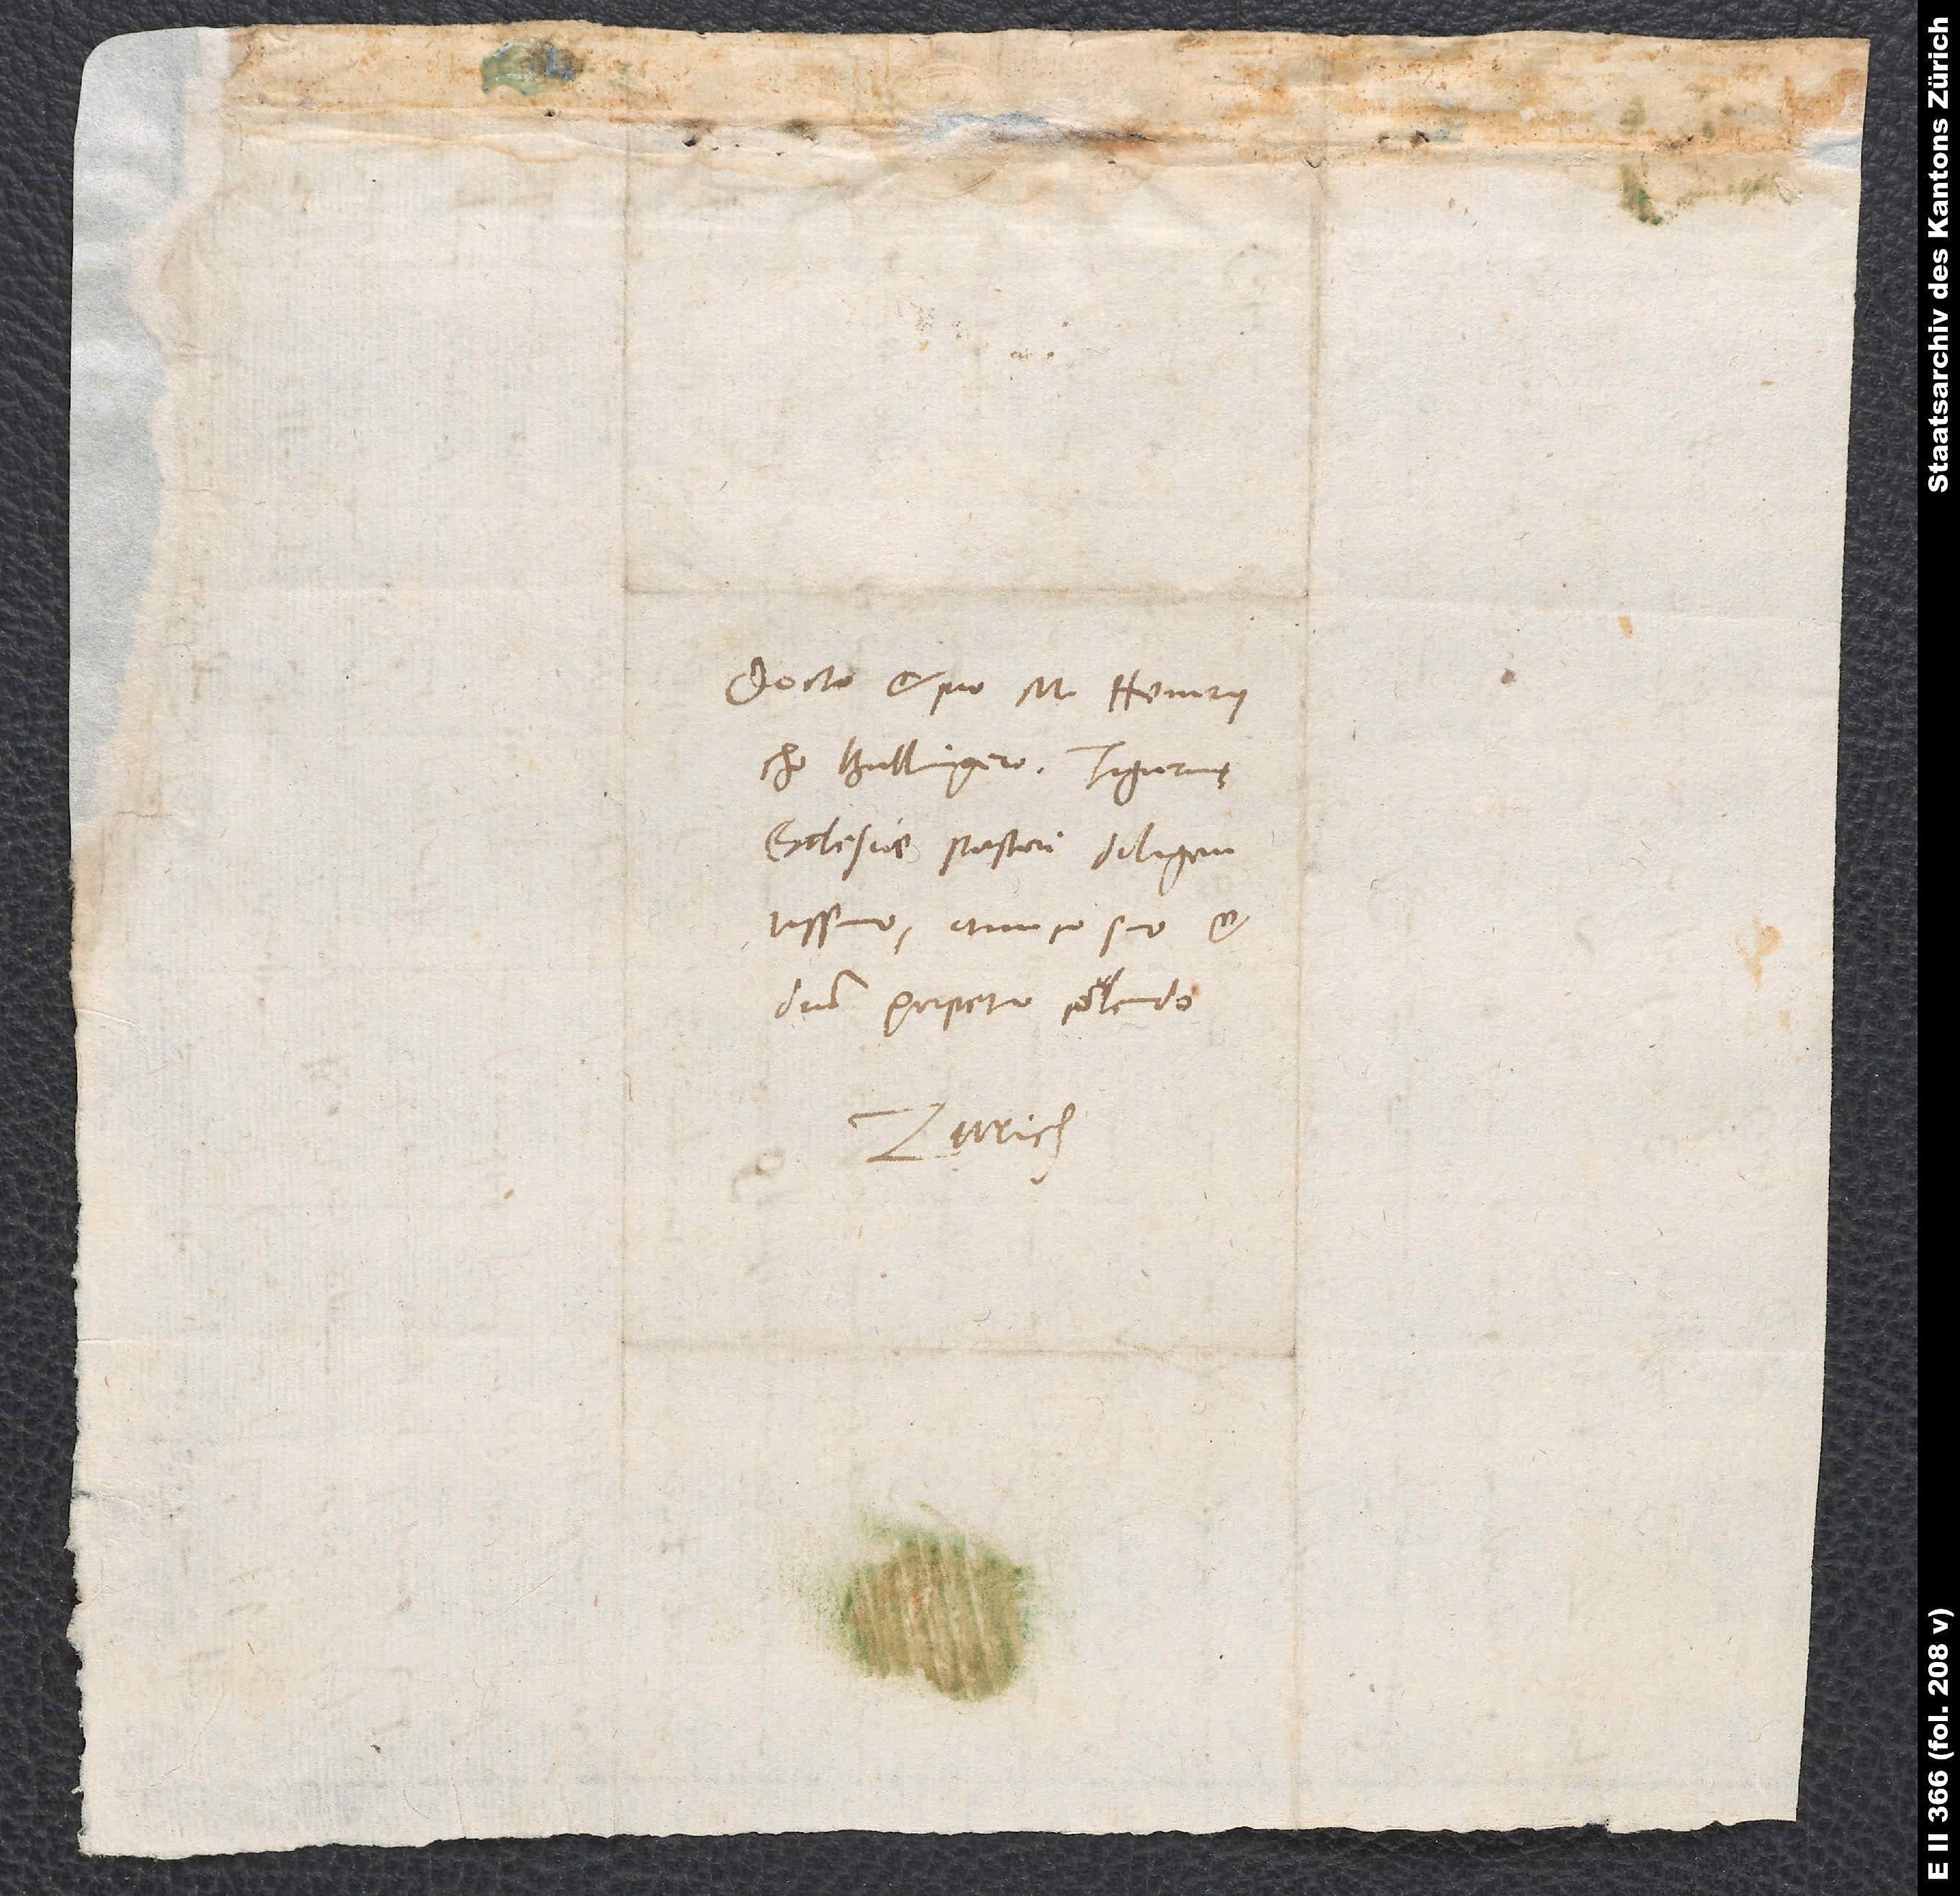
Docto et pio m. Heinrycho
Bullingero, Tigurinę
ecclesiae pastori diligentissimo,
amico suo et
domino perpetuo colendo.
Zurich.